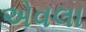
એવલા